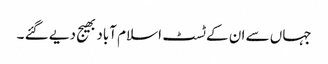
جہاں سے ان کے ٹسٹ اسلام آباد بھیج دیے گئے ۔